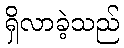
ရှိလာခဲ့သည်